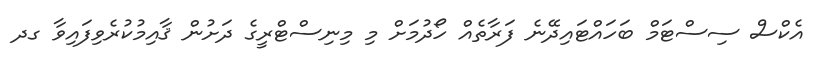
އެކްސް ސިސްޓަމް ބަހައްޓައިދޭނެ ފަރާތެއް ހޯދުމަށް މި މިނިސްޓްރީގެ ދަށުން ޤާއިމުކުރެވިފައިވާ ގދ